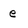
Character: e